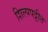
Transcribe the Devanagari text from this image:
शिल्पपट्टीत